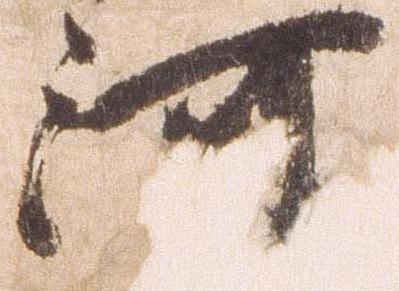
河